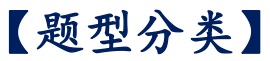
【题型分类】